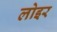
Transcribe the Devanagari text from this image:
लोइर